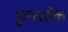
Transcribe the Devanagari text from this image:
फुन्त्सोक